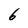
Character: 6